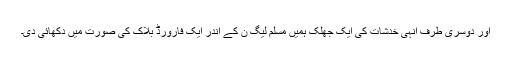
اور دوسری طرف انہی خدشات کی ایک جھلک ہمیں مسلم لیگ ن کے اندر ایک فارورڈ بلاک کی صورت میں دکھائی دی۔